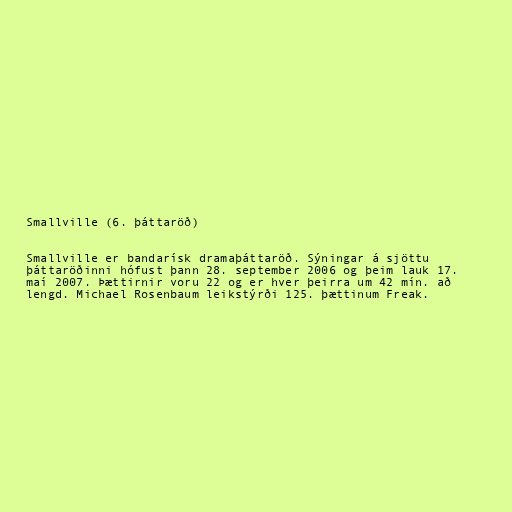
Smallville (6. þáttaröð)

Smallville er bandarísk dramaþáttaröð. Sýningar á sjöttu
þáttaröðinni hófust þann 28. september 2006 og þeim lauk 17.
maí 2007. Þættirnir voru 22 og er hver þeirra um 42 mín. að
lengd. Michael Rosenbaum leikstýrði 125. þættinum Freak.